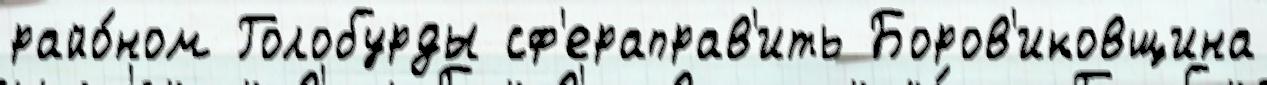
райо́ном Голобурды сф'ераправ'ить Боров'иковщина